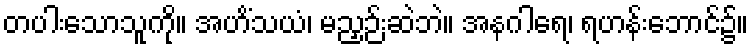
တပါးသောသူကို။ အဟိံသယံ၊ မညှဉ်းဆဲဘဲ။ အနဂါရေ၊ ရဟန်းဘောင်၌။